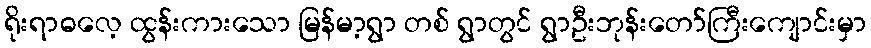
ရိုးရာဓလေ့ ထွန်းကားသော မြန်မာ့ရွာ တစ် ရွာတွင် ရွာဦးဘုန်းတော်ကြီးကျောင်းမှာ